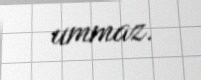
ummaz.